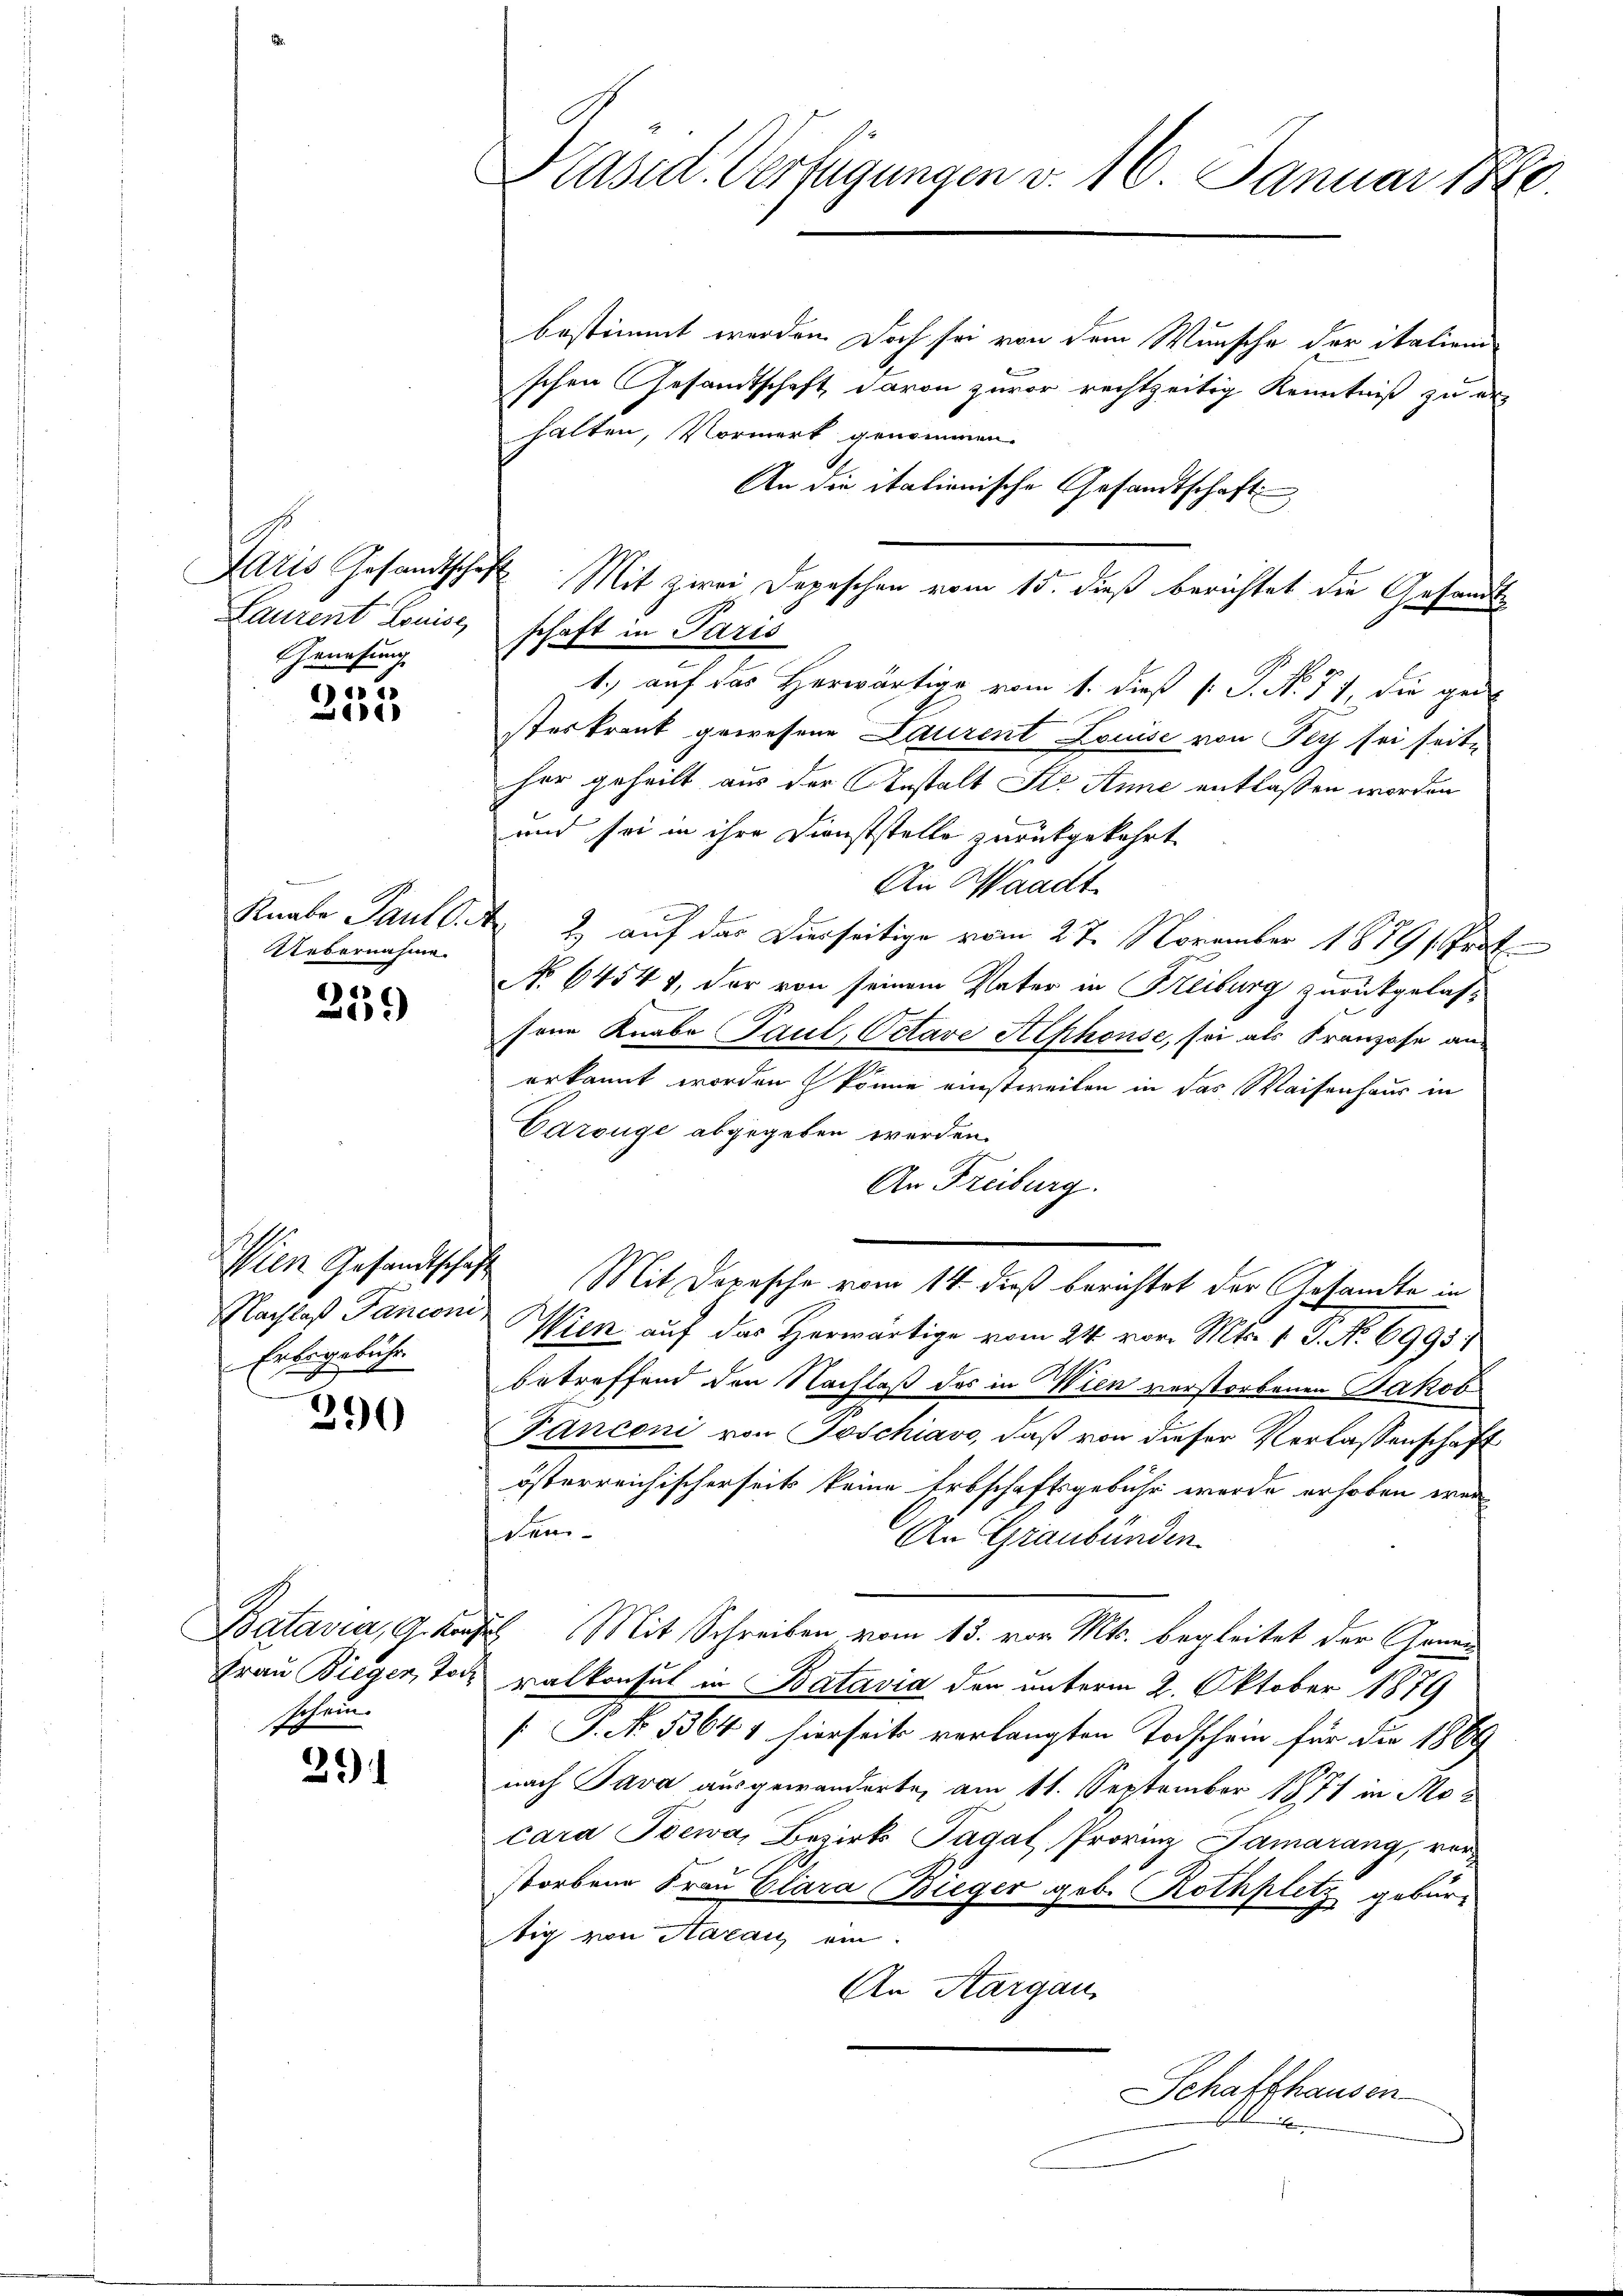
Laurent Louise
Genehmig
).

211

Uebernahme.

259

Nachlaß Panconi,
Erbsgebühr.
e
d

290

Batavia, G. Konz
Frau Bieger, Tor
schein.

294

bestimmt werden Doch sei von dem Wunsche der italieni
schen Gesandtschaft davon zuvor rechtzeitig Kenntniß zu erhalten, Vormerk genommen.
An die itationische Gesandtschaft
Aaris Gesandtschaft Mit zwei Depeschen vom 15. dieß berichtet die Gesandte
schaft in Paris
1.) auf das Herwärtige vom 1. dieß P. N. 71, die gei
sterkrank gewesene Laurent Louise von Fey sei seite
her geheilt aus der Anstalt Str. Anne entlassen worden
und sei in ihre Dienststelle zurückgekehrt
An Waadt
Knabe Paul. 2, auf das Dierseitige vom 27. November 1879 Prot
No 64544, der von seinem Vater in Freiburg zurückgelassone Knabe Paul, Octave Alphonse, sei als Franzose anerkannt worden könne einstweilen in das Waisenhaus in
Carouge abgegeben werden.
An Freiburg.
Wien Gesandtschaft Mit Depesche vom 14. dieß berichtet der Gesandte in
Wien auf das Herwärtige vom 24. vor. Mts. 1. P. No 6993/
.
betreffend den Nachlaß des in Wien verstorbenen Jakob
Fanconi von Poschiavo, daß von dieser Verlassenschaft
österreichischerseits keine Erbschaftsgebühr werde erhoben wer
cem¬
An Graubünden.
d Mit Schreiben, vom 13. von Mts. begleitet der Grund
ralkonsul in Batavia den unterm 2. Oktober 1879
[S. No 1364 1 hierseits verlangten Todschein für die 1869
nach Pava ausgewanderte, am 11. September 1871 in Mocara Toewa, Bezirk Tagal Provinz Famarang, verstorbene Frau Clara Bieger geb. Rothplitz gebürtig von Haran ein.
An Aargau,
Schaffhausen
b

Präsid. Verfügungen v. 16. Januar 1860.